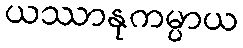
ယဿာနုကမ္ပာယ